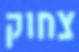
צחוק